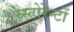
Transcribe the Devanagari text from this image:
रेस्टोरेन्टों